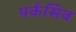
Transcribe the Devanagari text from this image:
पर्कसिव